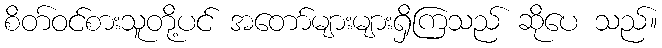
စိတ်ဝင်စားသူတို့ပင် အတော်များများရှိကြသည် ဆိုပေ သည်။